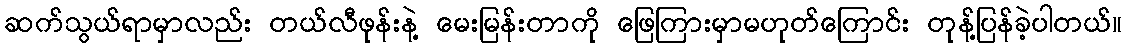
ဆက်သွယ်ရာမှာလည်း တယ်လီဖုန်းနဲ့ မေးမြန်းတာကို ဖြေကြားမှာမဟုတ်ကြောင်း တုန့်ပြန်ခဲ့ပါတယ်။